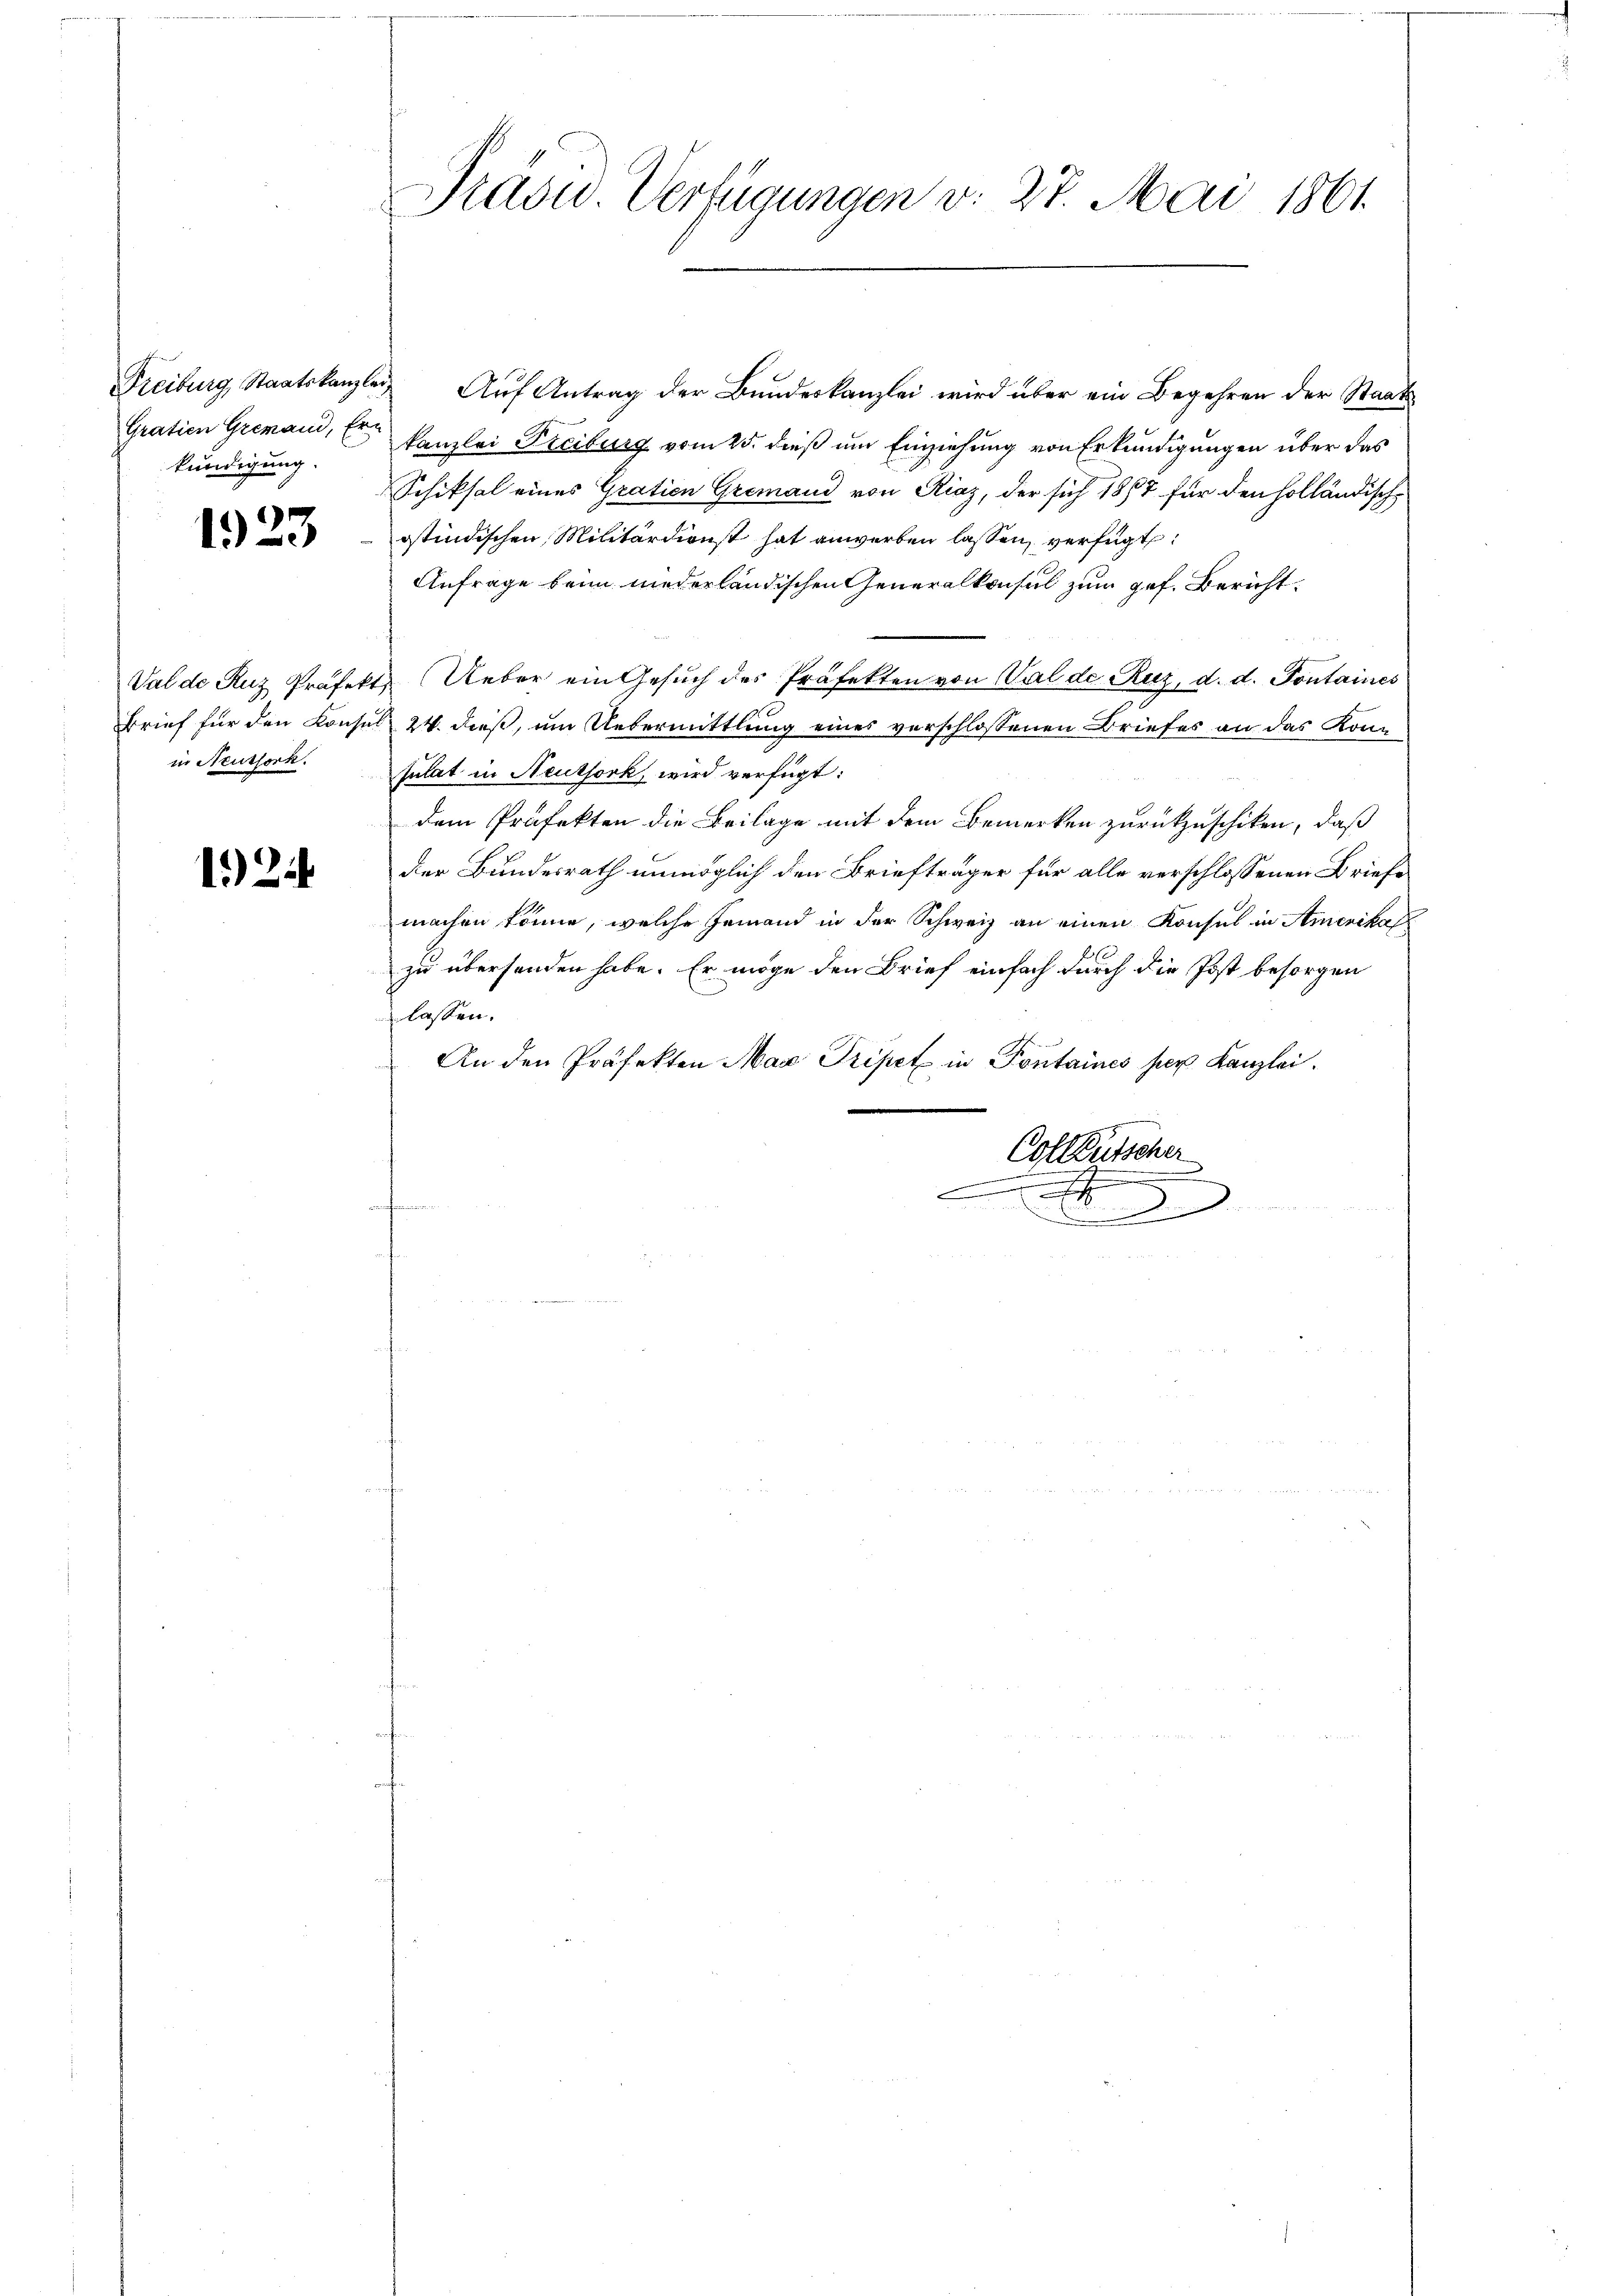
Freiburg, Staatskanzlei
kündigung.

1923

in Neussork.

124

Pradu. Verfügungen v. 27. Mai 1861.

Auf Antrag der Bundeskanzlei wird über ein Begehren der Staats¬
Gration Gremand, Er kanzlei Freiburg vom 25. dieß um Einziehung von Erkundigungen über das
Schiksal eines Gratien Gremand von Riaz, der sich 1857 für den holländische
ostindischen Militärdienst hat anwerben lassen, verfügt:
Anfrage beim niederländischen Generalkonsul zum gef. Bericht.
B
Val de Ruz Präfekt. Ueber ein Gesuch des Präfekten von Val de Ruz, d. d. Pontaines
Brief für den Konsul 24. dieß, um Uebermittlung eines verschlossenen Briefes an das Konn
sulat in Neuthork, wird verfügt:
dem Präfekten die Beilage mit dem Bemerken zurückzuschiken, daß
der Bundesrath unmöglich den Briefträger für alle verschlossenen Briefe
machen könne, welche jemand in der Schweiz an einen Konsul in Amerikaf
zu überhanden habe. Er möge den Brief einfach durch die Post besorgen
lassen.
An den Präfekten Max Pripet in Pontaines per Kanzlei.
.
Colleutscher
h
0